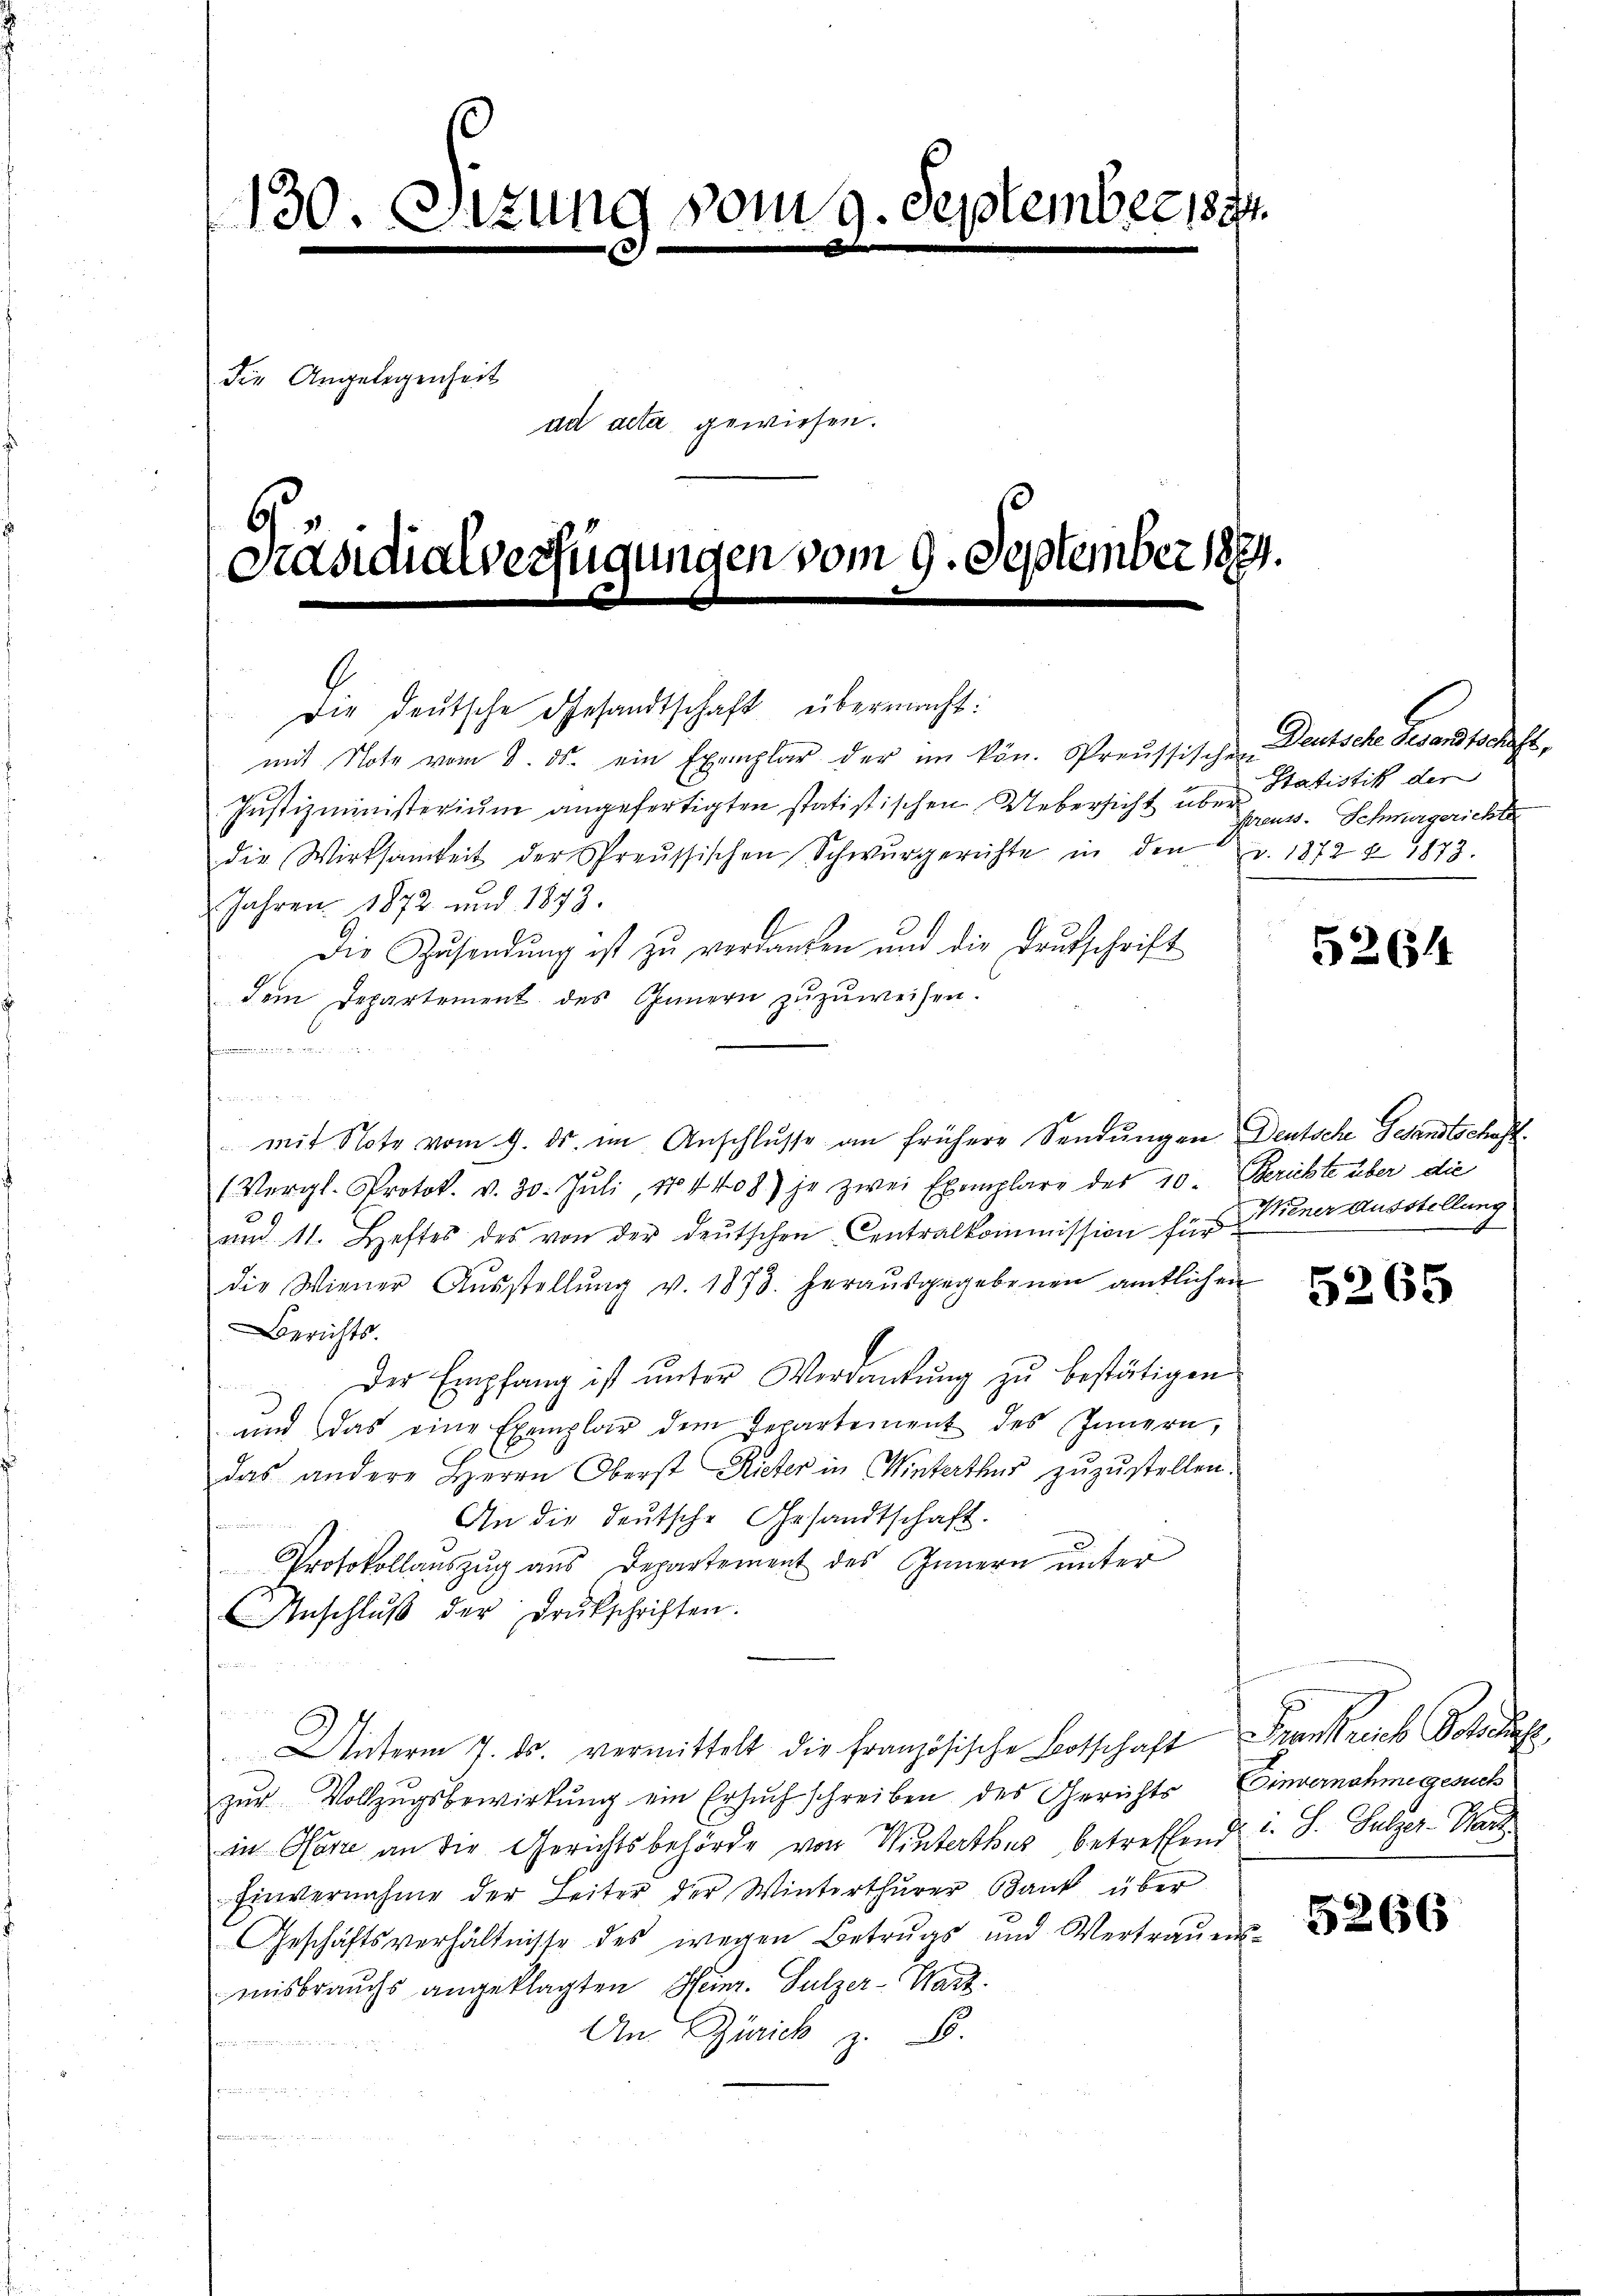
130. Sitzung vom 9. September 1874.
die Angelegenheit
ad acta gewiesen.
G¬
Präsidialverfügungen vom 9. September 1874.

1

Die deutsche Gesandtschaft übermacht:
Justizministerium angefertigten statistischen Uebersicht über Statistik der
die Wirksamkeit der Spreussischen Schwurgerichte in den v. 1872 § 1873.
Jahren 1872 und 1873.
Die Zŭsendŭng ist zŭ verdanken und die Deutschrift
dem Departement des Innern zuzuweisen.
.

mit Note vom 9. ds. im Anschlusse an frühere Sendungen Deutsche Gesandtschaft.
f
(Vergl. Protok. v. 30. Jŭli 184408) je zwei Exemplare des 10. Gerichte über die
E
und 11. Heftes des von der deŭtschen Centralkommission für Miener Ausstellung
die Wiener Aŭsstellŭng v. 1873. heraŭsgegebenen amtlichen
Berichts.
 Der Empfang ist unter Verdankŭng zu bestätigen
und das eine Exemplar dem Departement des Innern,
das andere Herrn Oberst Rieter in Winterthur zŭzŭstellen.
An die deutsche Gesandtschaft.
Protokollauszug aus Departement des Innern unter
Anschlŭβ der Drukschriften.
Unterm 7. ds. vermittelt die französische Botschaft Frankreich Botschuhe,
zŭr Vollzŭgsbewirkŭng ein Ersuch schreiben des Gerichts Einvernahme gesuch
in Clara an die Gerichtsbehörde von Winterthur betreffend u. S. Sulzer-Marz
Einvernahme der Leiter der Winterthurer Bank über
Geschäftsverhältnisse des wegen Betrugs und Vertraŭens-
misbrauchs angeklagten Heinr. Sulzer-Warz.
An Zürick z. B.
s

mit Note vom 8. ds. ein Exemplar der im kön. Preussischen Deutsche Gesandtschaft

reuss. Schwurgerichte

5264

5265

5266